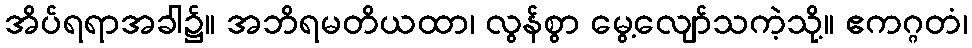
အိပ်ရရာအခါ၌။ အဘိရမတိယထာ၊ လွန်စွာ မွေ့လျော်သကဲ့သို့။ ဧကဂ္ဂတံ၊